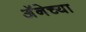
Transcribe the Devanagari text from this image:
अॅनेच्या